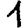
Digit: 1